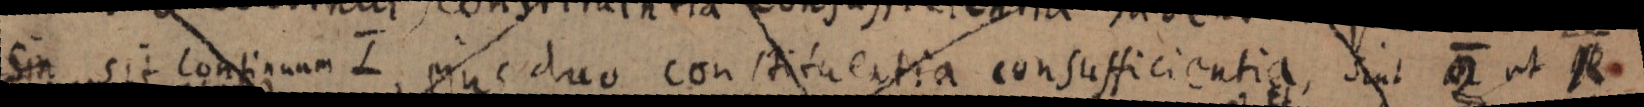
Sin sit continuum L, ejus duo constituentia consufficientia, sint _ ut R